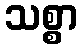
သစ္စာ